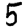
Digit: 5